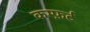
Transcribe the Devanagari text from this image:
कम्फ़र्ट